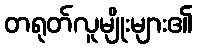
တရုတ်လူမျိုးများ၏